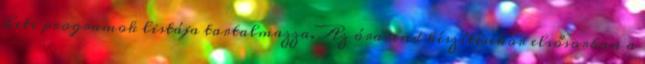
heti programok listája tartalmazza. Az órarend készítésekor elsősorban a